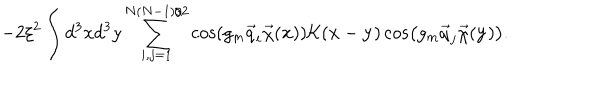
LaTeX: - 2 \xi ^ { 2 } \int d ^ { 3 } x d ^ { 3 } y \sum _ { i , j = 1 } ^ { N ( N - 1 ) / 2 } \cos \left( g _ { m } \vec { q } _ { i } \vec { \chi } ( { \bf x } ) \right) { \cal K } ( { \bf x } - { \bf y } ) \cos \left( g _ { m } \vec { q } _ { j } \vec { \chi } ( { \bf y } ) \right) .